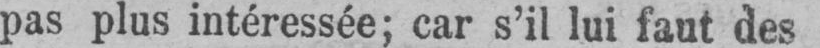
pas plus intéressée; car s’il lui faut des